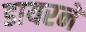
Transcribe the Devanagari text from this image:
डायरने